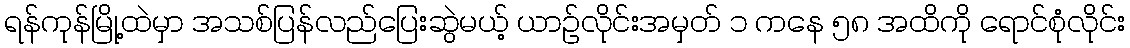
ရန်ကုန်မြို့ထဲမှာ အသစ်ပြန်လည်ပြေးဆွဲမယ့် ယာဉ်လိုင်းအမှတ် ၁ ကနေ ၅၈ အထိကို ရောင်စုံလိုင်း